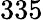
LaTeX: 335